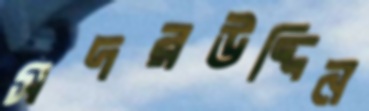
সদরউদ্দিন